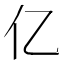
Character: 亿